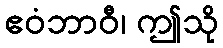
ဧဝံဘာဝီ၊ ဤသို